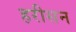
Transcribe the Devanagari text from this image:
हरीसन